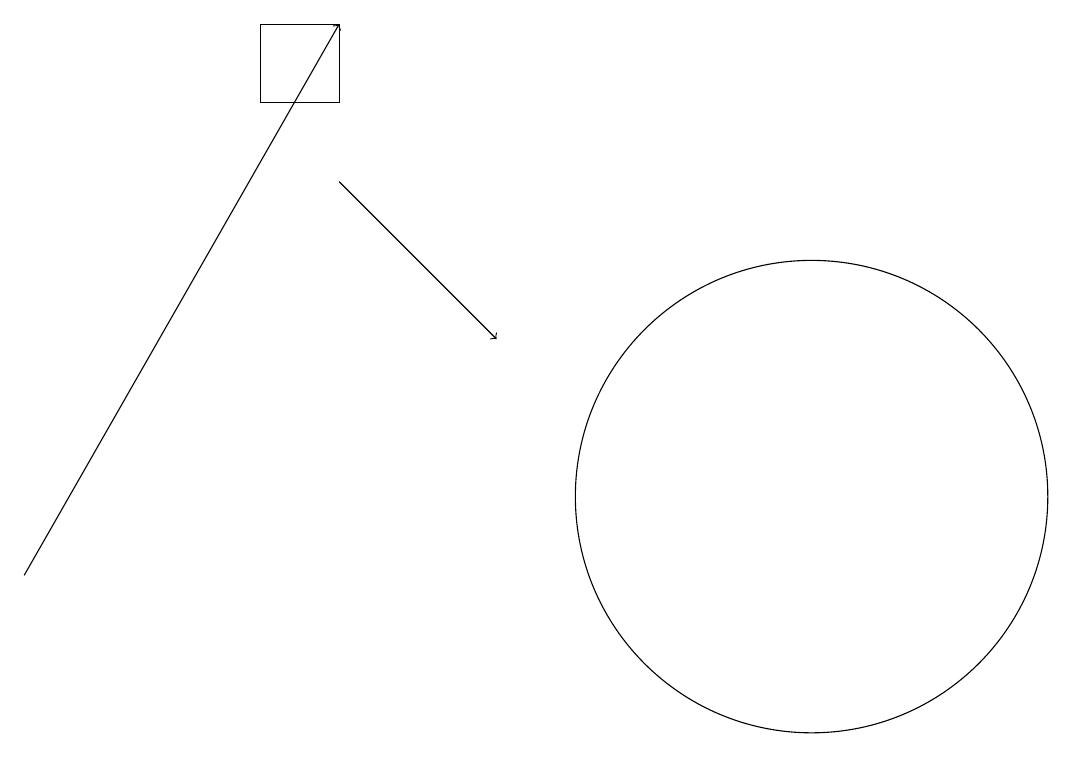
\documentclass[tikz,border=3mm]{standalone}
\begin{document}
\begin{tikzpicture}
\draw[->] (5,16) -- (7,14);
\draw[->] (1,11) -- (5,18);
\draw (5,17) rectangle (4,18);
\draw (11,12) circle (3);
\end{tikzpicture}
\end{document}